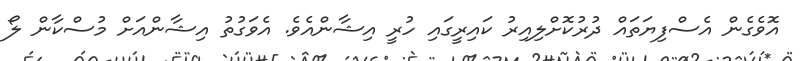
އޮވެގެން އެސްފިޔަތައް ދުރުކޮށްލިއިރު ކައިރީގައި ހުރީ އިޝާންއެވެ. އެވަގުތު އިޝާންއަށް މުސްކާން ލޯ